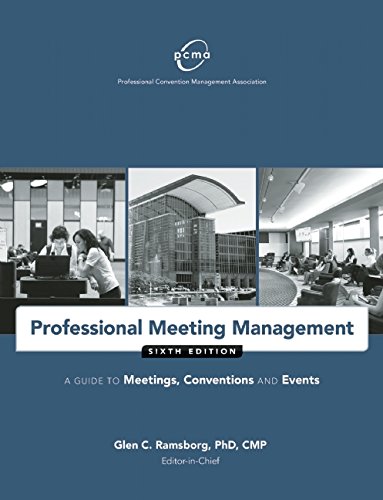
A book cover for Professional Meeting Management: A Guide to Meetings, Conventions and Events; Professional Convention Management Association (PCMA); Business & Money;